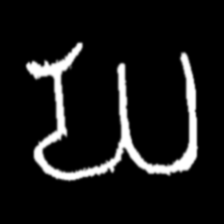
Pyu character \u2014 Myanmar letter: ဃ (romanized: gha)